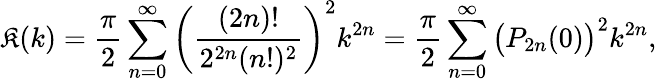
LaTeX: \mathfrak{K}(k)={\frac{{\pi}}{{2}}}\sum_{n=0}^{\infty}\left({\frac{{(2n)!}}{{2^{2n}(n!)^{2}}}}\right)^{2}k^{2n}={\frac{{\pi}}{{2}}}\sum_{n=0}^{\infty}{\bigl(}P_{2n}(0){\bigr)}^{2}k^{2n},